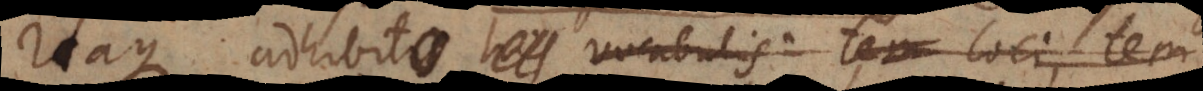
Itaque adhibitis loci vocabulis tem loci, tem